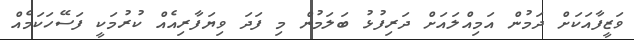
ވަޒީފާއަކަށް ދަމުން އަމިއްލައަށް ދަރިފުޅު ބަލަމުން މި ފަދަ ވިޔަފާރިއެއް ކުރުމަކީ ފަސޭހަކަމެއް